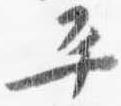
平